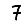
Digit: 7